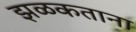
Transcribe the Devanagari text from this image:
झळकताना